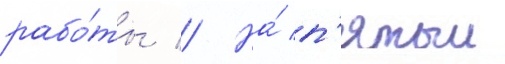
рабо́ты // На́ п'ятыи